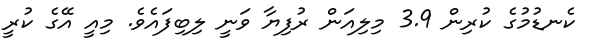
ކެނޑުމުގެ ކުރިން 3.9 މިލިއަން ރުފިޔާ ވަނީ ލިބިފައެވެ. މިއީ އޭގެ ކުރީ